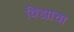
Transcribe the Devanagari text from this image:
विड्याचा